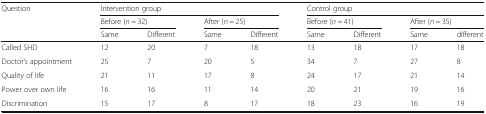
<table><thead><tr><td><b>Question</b></td><td colspan="4"><b>Intervention group</b></td><td colspan="4"><b>Control group</b></td></tr><tr><td></td><td colspan="2"><b>Before (<i>n</i> = 32)</b></td><td colspan="2"><b>After (<i>n</i> = 25)</b></td><td colspan="2"><b>Before (<i>n</i> = 41)</b></td><td colspan="2"><b>After (<i>n</i> = 35)</b></td></tr><tr><td></td><td><b>Same</b></td><td><b>Different</b></td><td><b>Same</b></td><td><b>Different</b></td><td><b>Same</b></td><td><b>Different</b></td><td><b>Same</b></td><td><b>different</b></td></tr></thead><tbody><tr><td>Called SHD</td><td>12</td><td>20</td><td>7</td><td>18</td><td>13</td><td>18</td><td>17</td><td>18</td></tr><tr><td>Doctor’s appointment</td><td>25</td><td>7</td><td>20</td><td>5</td><td>34</td><td>7</td><td>27</td><td>8</td></tr><tr><td>Quality of life</td><td>21</td><td>11</td><td>17</td><td>8</td><td>24</td><td>17</td><td>21</td><td>14</td></tr><tr><td>Power over own life</td><td>16</td><td>16</td><td>11</td><td>14</td><td>20</td><td>21</td><td>19</td><td>16</td></tr><tr><td>Discrimination</td><td>15</td><td>17</td><td>8</td><td>17</td><td>18</td><td>23</td><td>16</td><td>19</td></tr></tbody></table>